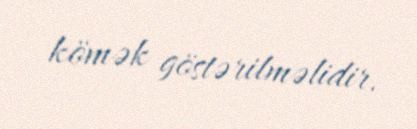
kömək göstərilməlidir.